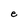
Character: e